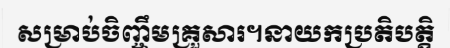
សម្រាប់ចិញ្ចឹមគ្រួសារ។នាយកប្រតិបត្តិ